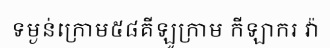
ទម្ងន់ក្រោម៥៨គីឡូក្រាម កីឡាករ វ៉ា